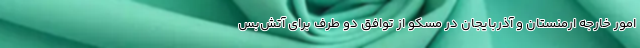
امور خارجه ارمنستان و آذربایجان در مسکو از توافق دو طرف برای آتش‌بس